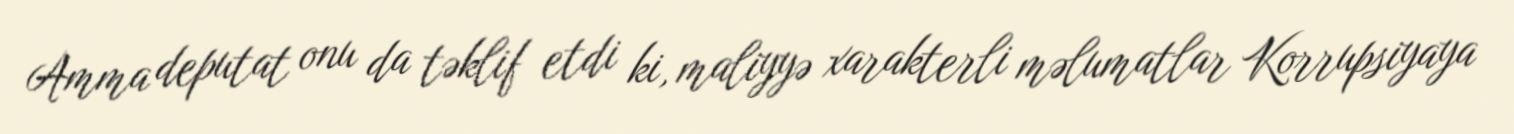
Amma deputat onu da təklif etdi ki, maliyyə xarakterli məlumatlar Korrupsiyaya